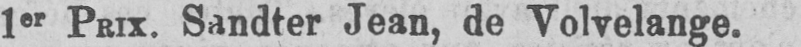
1er Prix. Sandter Jean, de Volvelange.